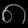
Digit: ၈